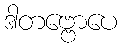
ဒါတဗ္ဗောပေ